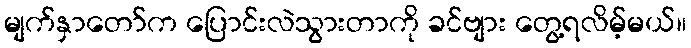
မျက်နှာတော်က ပြောင်းလဲသွားတာကို ခင်ဗျား တွေ့ရလိမ့်မယ်။